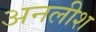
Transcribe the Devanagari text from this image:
अनलीश